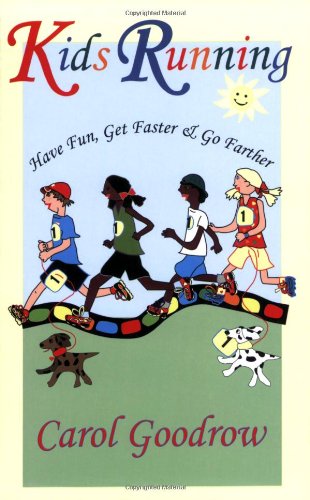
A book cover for Kids Running: Have Fun, Get Faster & Go Farther; Carol Goodrow; Health, Fitness & Dieting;